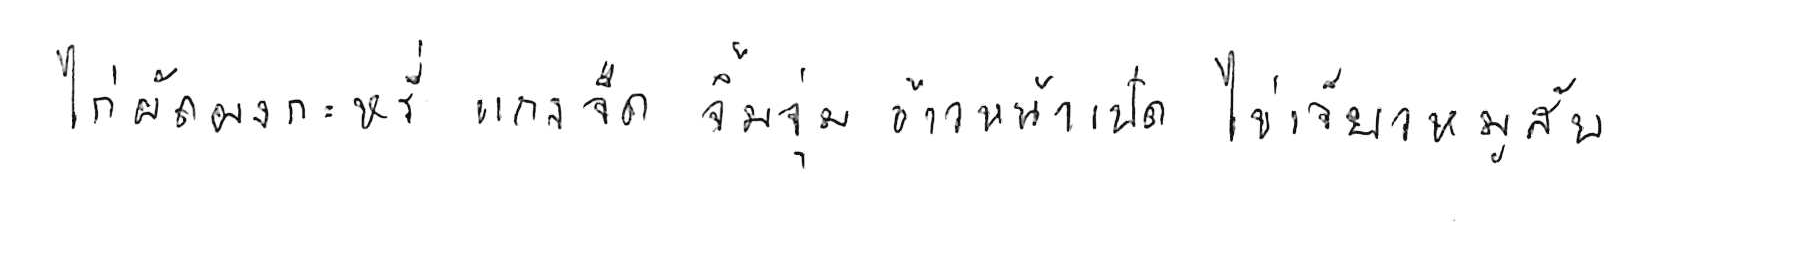
ไก่ผัดผงกะหรี่ แกงจืด จิ้มจุ่ม ข้าวหน้าเป็ด ไข่เจียวหมูสับ